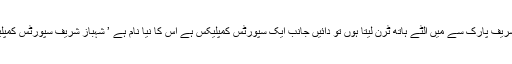
نواز شریف پارک سے میں الٹے ہاتھ ٹرن لیتا ہوں تو دائیں جانب ایک سپورٹس کمپلیکس ہے اس کا نیا نام ہے ’ شہباز شریف سپورٹس کمپلیکس‘۔